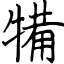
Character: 犕